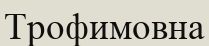
Трофимовна